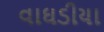
વાઘડીયા